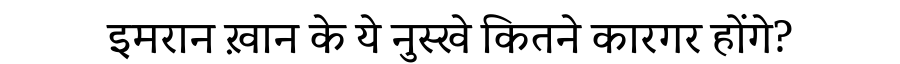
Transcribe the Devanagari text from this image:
इमरान ख़ान के ये नुस्खे कितने कारगर होंगे?